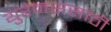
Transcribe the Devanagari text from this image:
युरेनससाठी